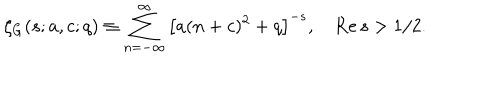
LaTeX: \zeta _ { G } ( s ; a , c ; q ) \equiv \sum _ { n = - \infty } ^ { \infty } \left[ a ( n + c ) ^ { 2 } + q \right] ^ { - s } , \quad \mathrm { R e } \, s > 1 / 2 .